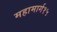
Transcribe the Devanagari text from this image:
महामार्ग१५